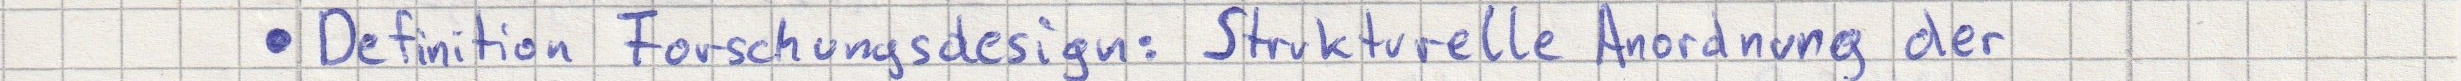
- Definition Forschungsdesign: Strukturelle Anordnung der